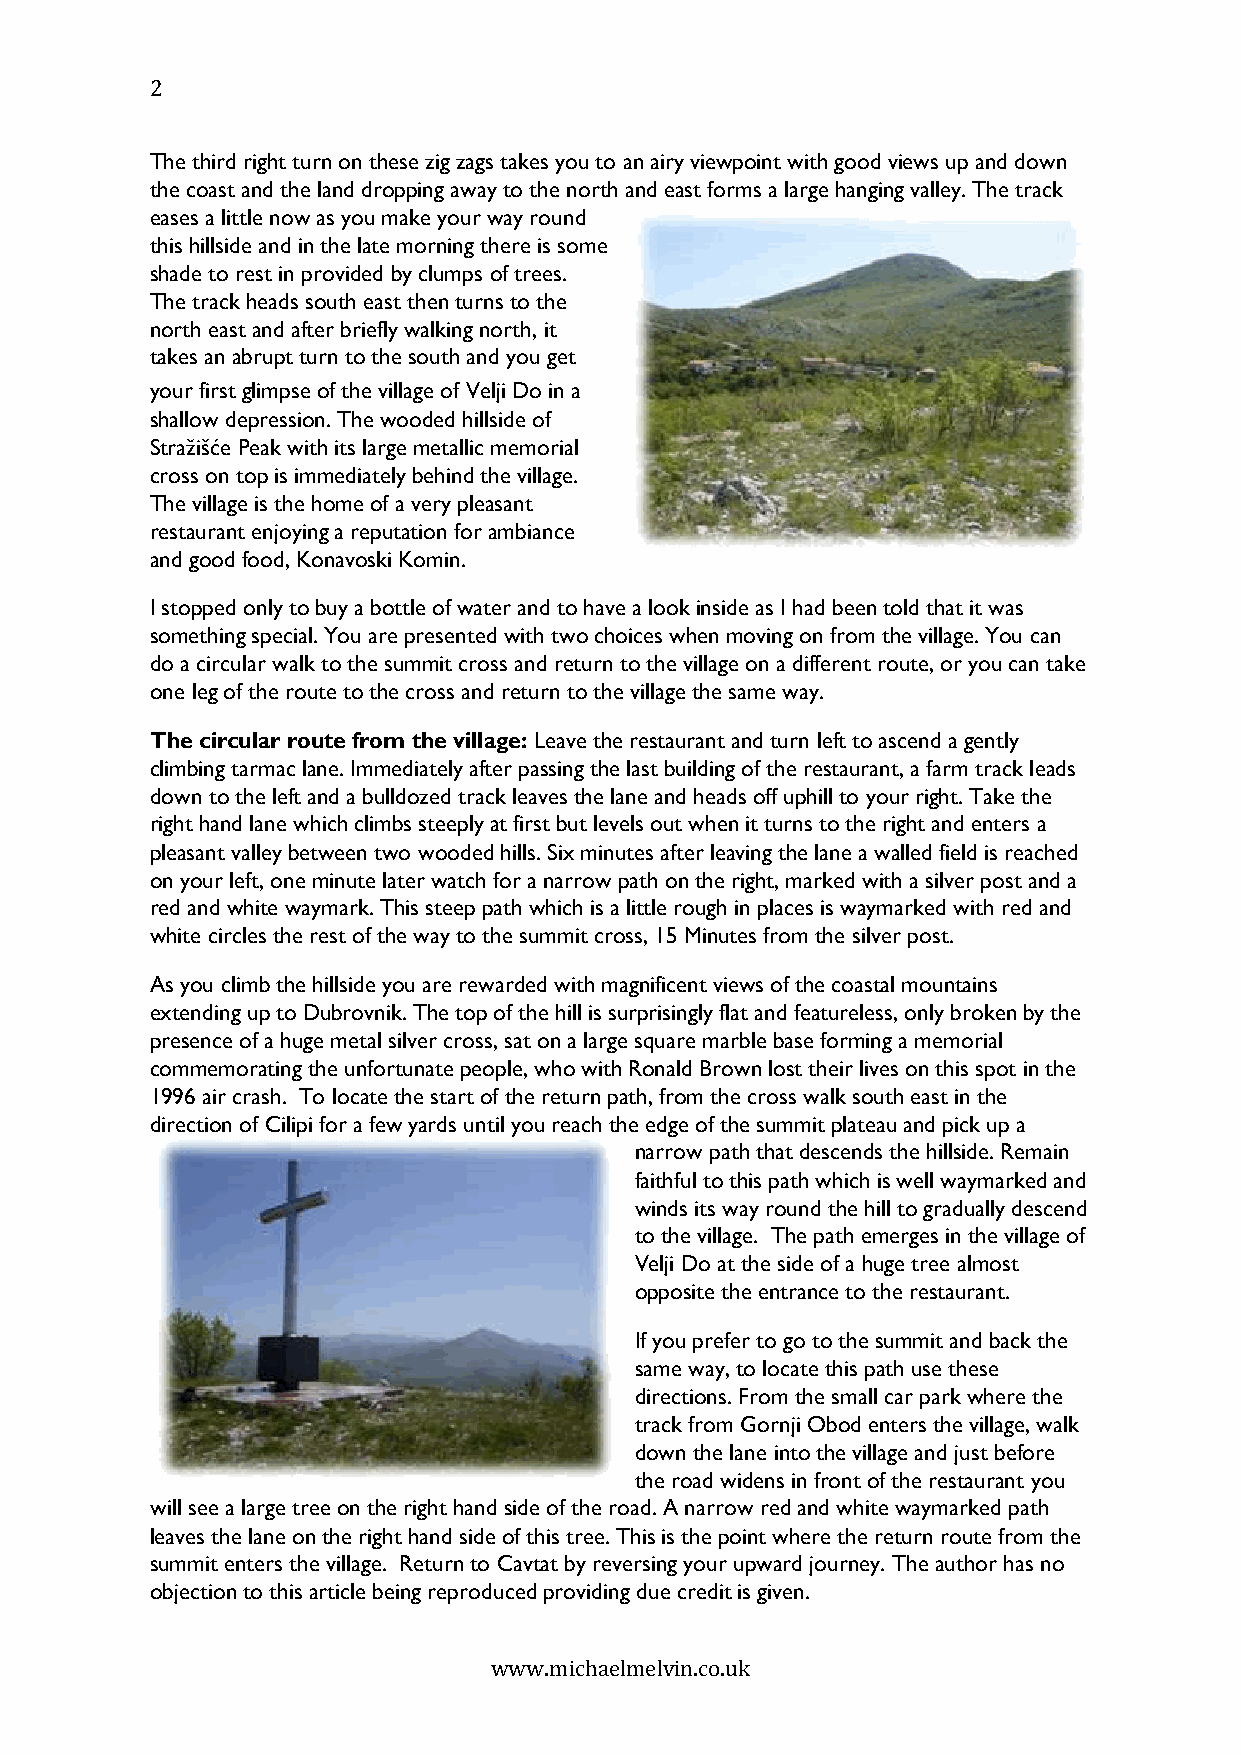
2
 The third right turn on these zig zags takes you to an airy viewpoint with good views up and down
 the coast and the land dropping away to the north and east forms a large hanging valley. The track
 eases a little now as you make your way round
 this hillside and in the late morning there is some
 shade to rest in provided by clumps of trees.
 The track heads south east then turns to the
 north east and after briefly walking north, it
 takes an abrupt turn to the south and you get
 your first glimpse of the village of Velji Do in a
 shallow depression. The wooded hillside of
 Stražišće Peak with its large metallic memorial
 cross on top is immediately behind the village.
 The village is the home of a very pleasant
 restaurant enjoying a reputation for ambiance
 and good food, Konavoski Komin.
 I stopped only to buy a bottle of water and to have a look inside as I had been told that it was
 something special. You are presented with two choices when moving on from the village. You can
 do a circular walk to the summit cross and return to the village on a different route, or you can take
 one leg of the route to the cross and return to the village the same way.
 The circular route from the village: Leave the restaurant and turn left to ascend a gently
 climbing tarmac lane. Immediately after passing the last building of the restaurant, a farm track leads
 down to the left and a bulldozed track leaves the lane and heads off uphill to your right. Take the
 right hand lane which climbs steeply at first but levels out when it turns to the right and enters a
 pleasant valley between two wooded hills. Six minutes after leaving the lane a walled field is reached
 on your left, one minute later watch for a narrow path on the right, marked with a silver post and a
 red and white waymark. This steep path which is a little rough in places is waymarked with red and
 white circles the rest of the way to the summit cross, 15 Minutes from the silver post.
 As you climb the hillside you are rewarded with magnificent views of the coastal mountains
 extending up to Dubrovnik. The top of the hill is surprisingly flat and featureless, only broken by the
 presence of a huge metal silver cross, sat on a large square marble base forming a memorial
 commemorating the unfortunate people, who with Ronald Brown lost their lives on this spot in the
 1996 air crash. To locate the start of the return path, from the cross walk south east in the
 direction of Cilipi for a few yards until you reach the edge of the summit plateau and pick up a
 narrow path that descends the hillside. Remain
 faithful to this path which is well waymarked and
 winds its way round the hill to gradually descend
 to the village. The path emerges in the village of
 Velji Do at the side of a huge tree almost
 opposite the entrance to the restaurant.
 If you prefer to go to the summit and back the
 same way, to locate this path use these
 directions. From the small car park where the
 track from Gornji Obod enters the village, walk
 down the lane into the village and just before
 the road widens in front of the restaurant you
 will see a large tree on the right hand side of the road. A narrow red and white waymarked path
 leaves the lane on the right hand side of this tree. This is the point where the return route from the
 summit enters the village. Return to Cavtat by reversing your upward journey. The author has no
 objection to this article being reproduced providing due credit is given.
 www.michaelmelvin.co.uk